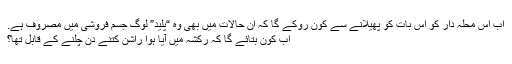
اب اس محلہ دار کو اس بات کو پھیلانے سے کون روکے گا کہ ان حالات میں بھی وہ “پلید” لوگ جسم فروشی میں مصروف ہے.
اب کون بتائے گا کہ رکشہ میں آیا ہوا راشن کتنے دن چلنے کے قابل تھا؟